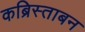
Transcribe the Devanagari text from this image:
कब्रिस्ताबन